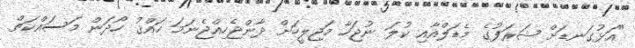
"އަޅުގަނޑަށް ޝަރަފުގެ މެޑަލްއާއި ކުލަ ނުޖަހާ މަޖިލީހަށް ދާންޖެހިއްޖެނަމަ ހައްޤު ހޯދަން މަސައްކަތް